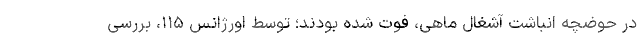
در حوضچه انباشت آشغال ماهی، فوت شده بودند؛ توسط اورژانس ۱۱۵، بررسی